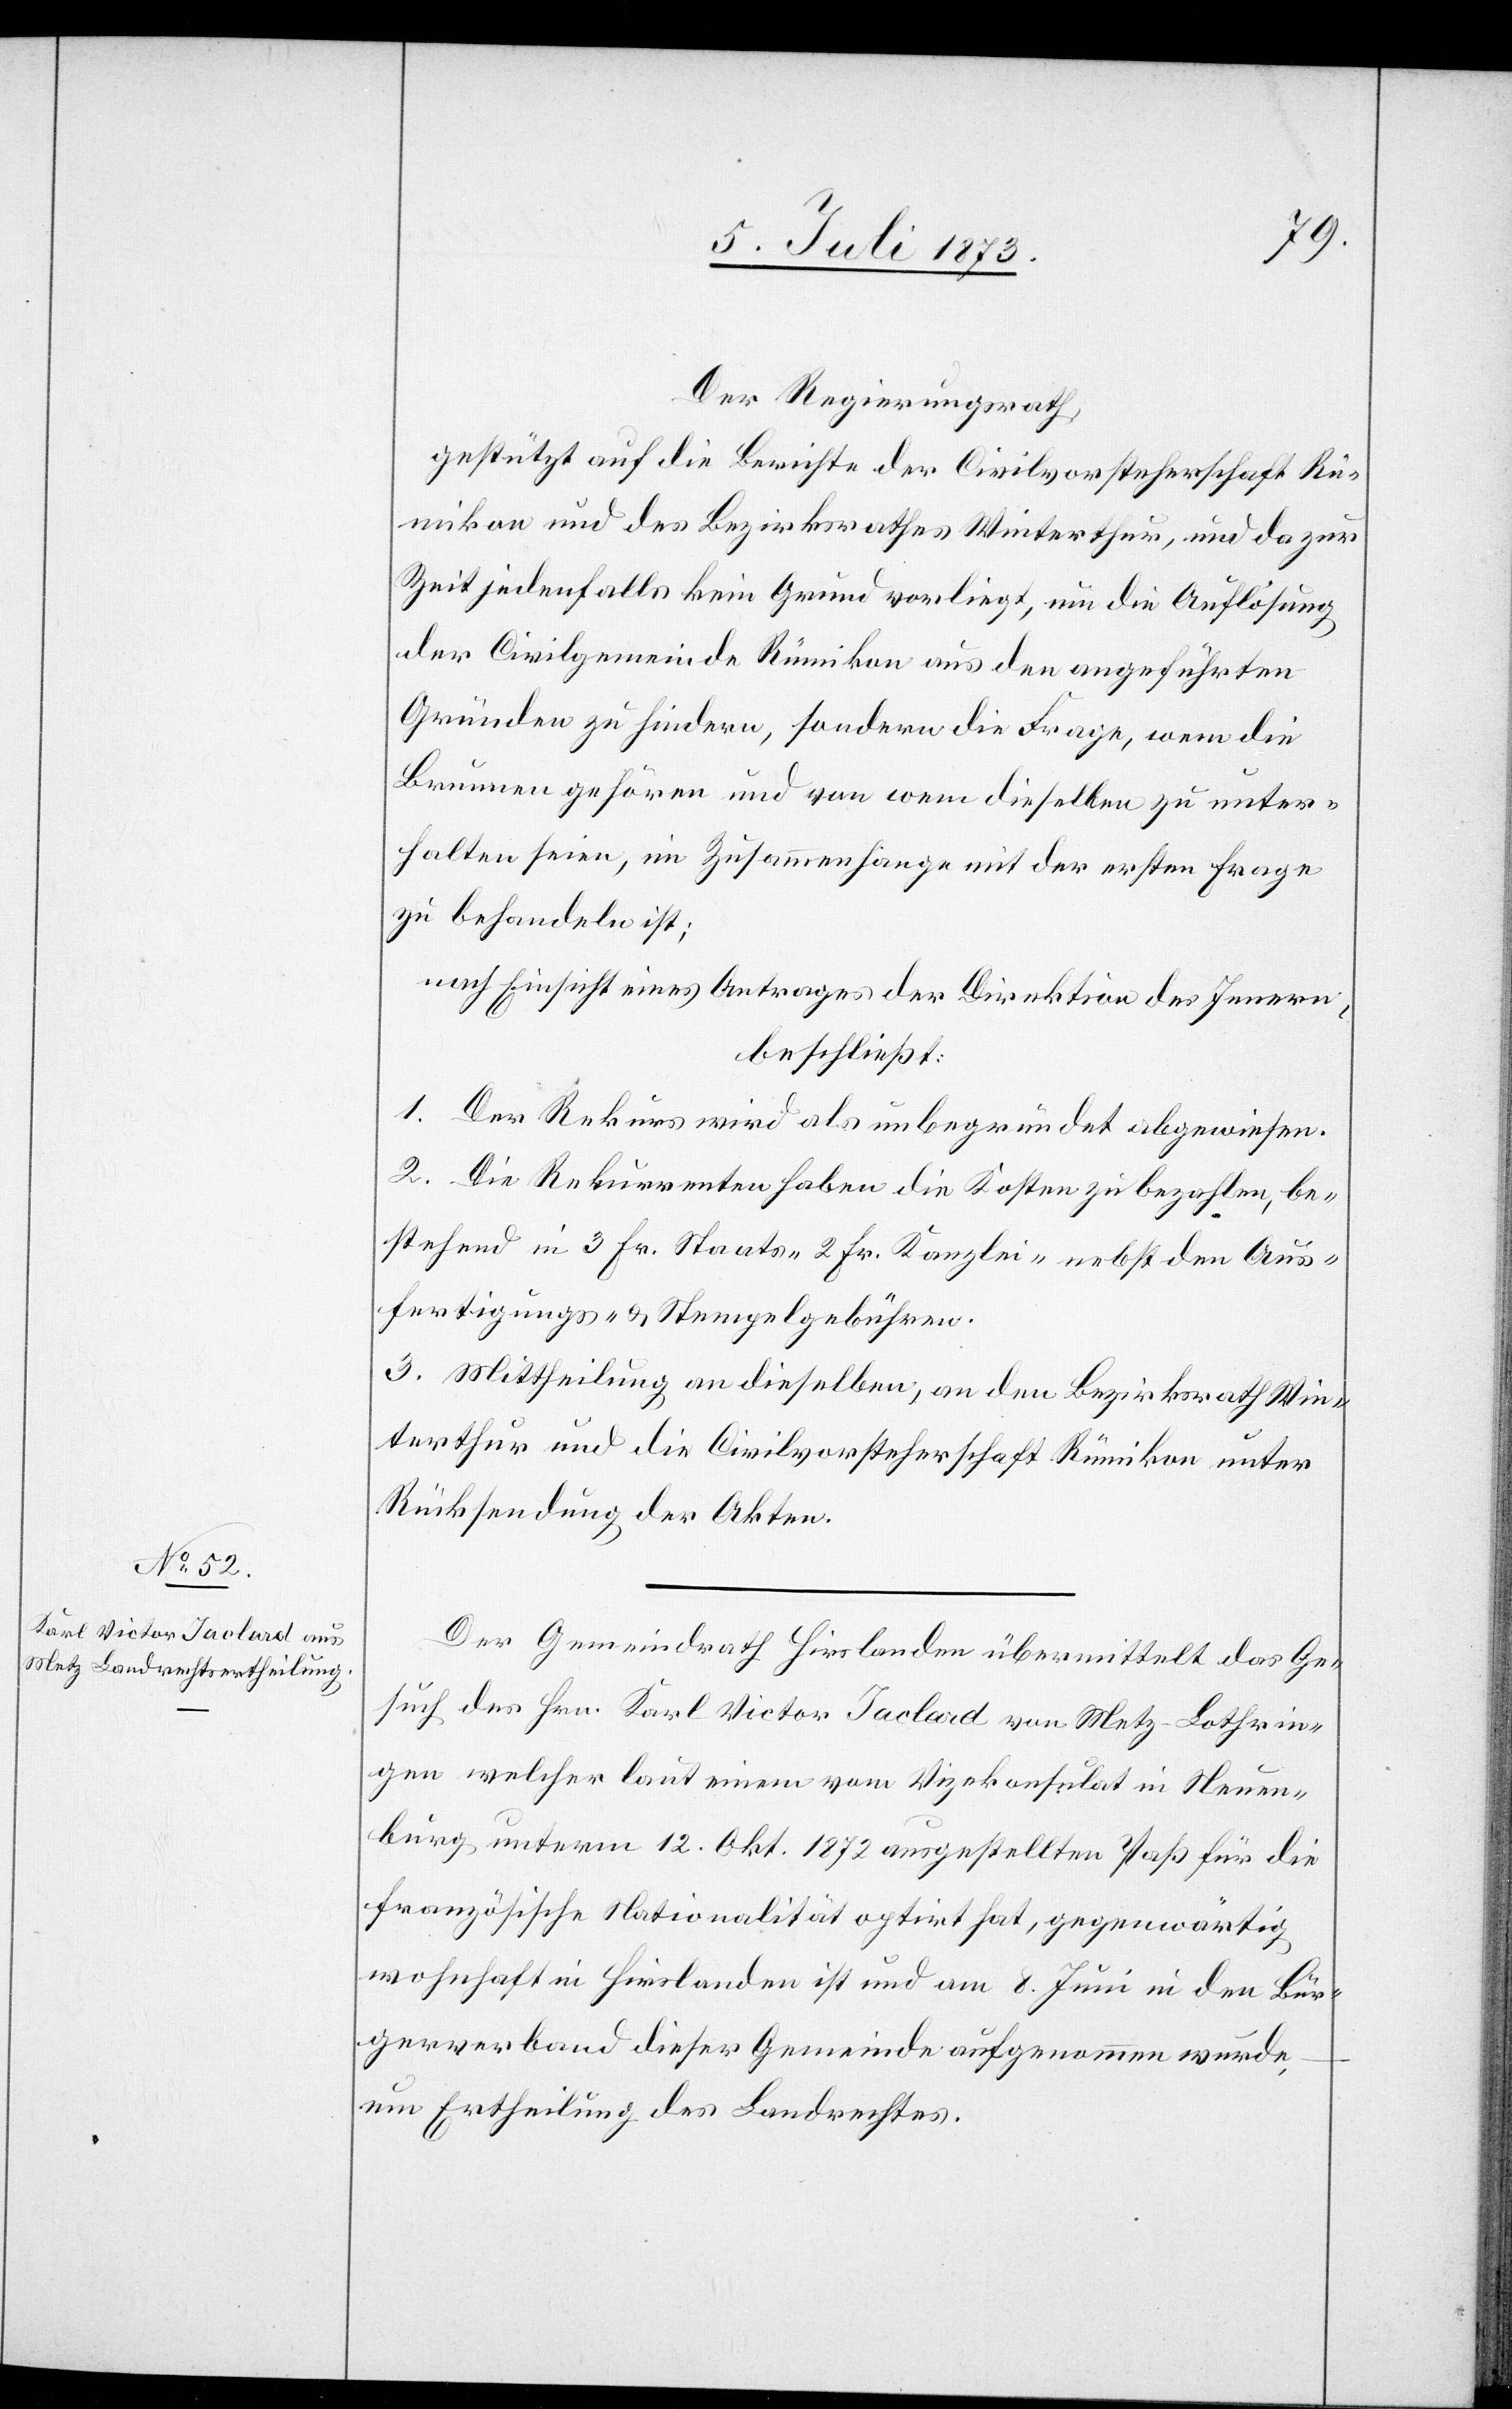
Der Regierungsrath,
gestützt auf die Berichte der Civilvorsteherschaft Rü¬
mikon und des Bezirksrathes Winterthur, und da zur
Zeit jedenfalls kein Grund vorliegt, um die Auflösung
der Civilgemeinde Rümikon aus den angeführten
Gründen zu hindern, sondern die Frage, wem die
Brunnen gehören und von wem dieselben zu unter¬
halten seien, im Zusammenhange mit der ersten Frage
zu behandeln ist;
nach Einsicht eines Antrages der Direktion des Innern,
beschließt:
1. Der Rekurs wird als unbegründet abgewiesen.
2. Die Rekurrenten haben die Kosten zu bezahlten, be¬
stehend in 3 Fr. Staats-[,] 2 Fr. Kanzlei- nebst den Aus¬
fertigungs- & Stempelgebühren.
3. Mittheilung an dieselben, an den Bezirksrath Win¬
terthur und die Civilvorsteherschaft Rümikon unter
Rücksendung der Akten.
Der Gemeindrath Hirslanden übermittelt das Ge¬
such des Hrn. Karl Victor Jaclard von Metz-Lothrin¬
gen welcher laut einem vom Vizekonsulat in Neuen¬
burg unterm 12. Okt. 1872 ausgestellten Paß für die
französische Nationalität optirt hat, gegenwärtig
wohnhaft in Hirslanden ist und am 8. Juni in den Bür¬
gerverband dieser Gemeinde aufgenommen wurde,
um Ertheilung des Landrechtes.